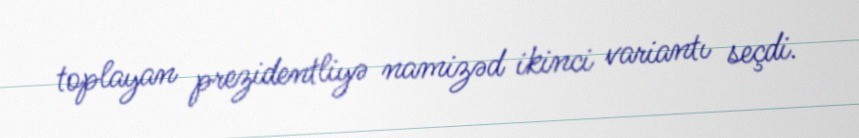
toplayan prezidentliyə namizəd ikinci variantı seçdi.